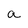
Character: a